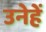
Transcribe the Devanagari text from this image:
उनेहें